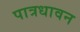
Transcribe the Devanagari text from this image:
पात्रधावन